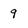
Character: 9